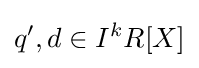
q',d\in I^{k}R[X]